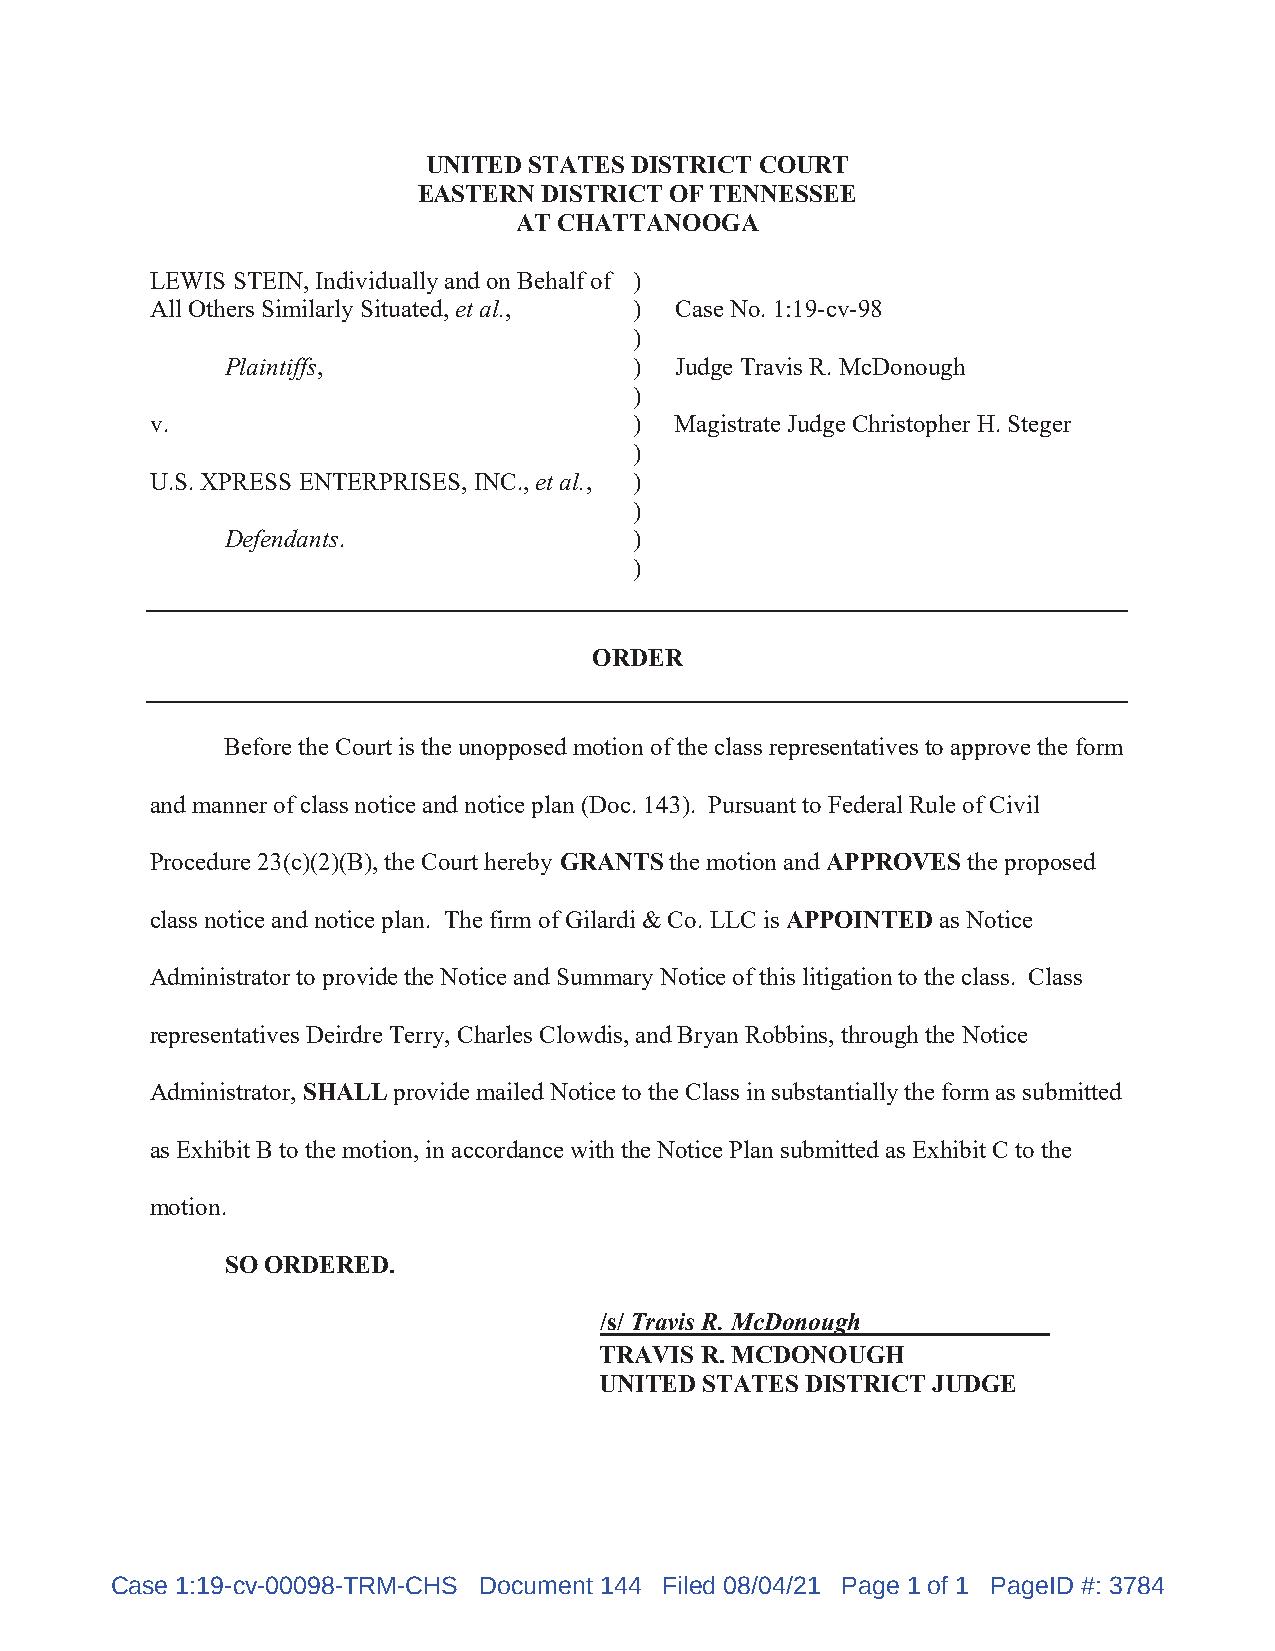
UNITED STATES DISTRICT COURT
 EASTERN DISTRICT OF TENNESSEE
 AT CHATTANOOGA
 LEWIS STEIN, Individually and on Behalf of )
 All Others Similarly Situated, et al., ) Case No. 1:19-cv-98
 )
 Plaintiffs,                )  Judge Travis R. McDonough
 )
 v.                              )  Magistrate Judge Christopher H. Steger
 )
 U.S. XPRESS ENTERPRISES, INC., et al., )
 )
 Defendants.                )
 )
 ORDER
 Before the Court is the unopposed motion of the class representatives to approve the form
 and manner of class notice and notice plan (Doc. 143). Pursuant to Federal Rule of Civil
 Procedure 23(c)(2)(B), the Court hereby GRANTS the motion and APPROVES the proposed
 class notice and notice plan. The firm of Gilardi & Co. LLC is APPOINTED as Notice
 Administrator to provide the Notice and Summary Notice of this litigation to the class. Class
 representatives Deirdre Terry, Charles Clowdis, and Bryan Robbins, through the Notice
 Administrator, SHALL provide mailed Notice to the Class in substantially the form as submitted
 as Exhibit B to the motion, in accordance with the Notice Plan submitted as Exhibit C to the
 motion.
 SO ORDERED.
 /s/ Travis R. McDonough
 TRAVIS R. MCDONOUGH
 UNITED STATES DISTRICT JUDGE
 Case 1:19-cv-00098-TRM-CHS Document 144 Filed 08/04/21 Page 1 of 1 PageID #: 3784